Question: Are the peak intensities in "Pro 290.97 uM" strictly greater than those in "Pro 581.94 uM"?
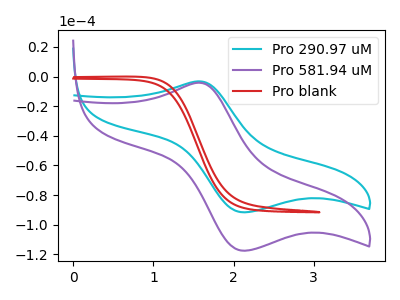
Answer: <think>The cyan curve "Pro 290.97 uM" has an anodic peak at (1.60V, -3.25uA) and a cathodic peak at (2.15V, -91.70uA). The purple curve "Pro 581.94 uM" has an anodic peak at (1.60V, -4.15uA) and a cathodic peak at (2.15V, -117.65uA). The red curve "Pro blank" has no peaks.</think>
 <answer>The peaks in "Pro 290.97 uM" are neither all higher or all lower than the peaks in "Pro 581.94 uM".</answer>
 <eval>mixed</eval>